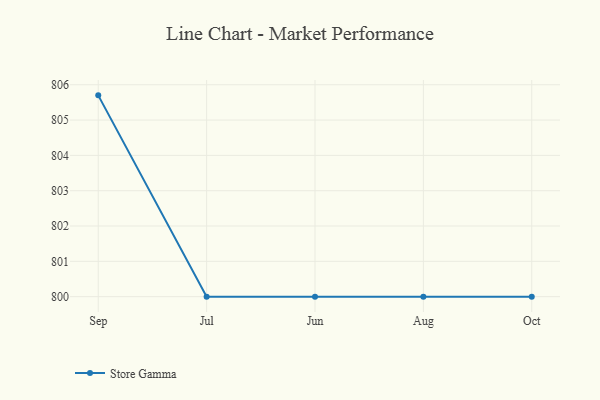
{"axis": {"x": "Month", "y": "Backlog"}, "legend": ["Store Gamma"], "data": [{"x": "Sep", "y": 805.7, "type": "Store Gamma"}, {"x": "Jul", "y": 800, "type": "Store Gamma"}, {"x": "Jun", "y": 800, "type": "Store Gamma"}, {"x": "Aug", "y": 800, "type": "Store Gamma"}, {"x": "Oct", "y": 800, "type": "Store Gamma"}]}